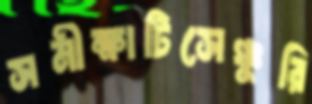
সমীক্ষাটিসেঞ্চুরি